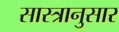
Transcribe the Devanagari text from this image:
सास्त्रानुसार